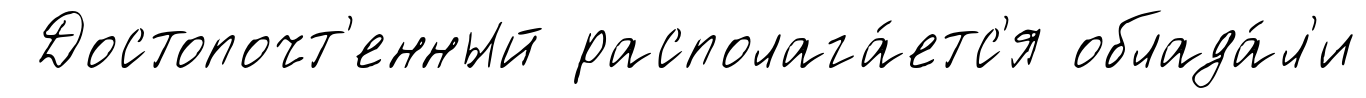
Достопочт'енный располага́етс'я облада́л'и